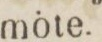
möte.